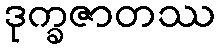
ဒုက္ခဇာတဿ